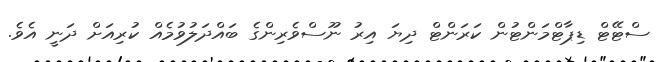
ސްޓޭޓް ޑިޕާޓްމަންޓުން ކަރަންޓް ދިޔަ އިރު ނޫސްވެރިންގެ ބައްދަލުވުމެއް ކުރިއަށް ދަނީ އެވެ.